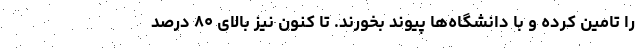
را تامین کرده و با دانشگاه‌ها پیوند بخورند. تا کنون نیز بالای ۸۰ درصد